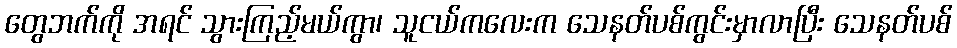
တွေဘက်ကို အရင် သွားကြည့်မယ်ကွာ၊ သူငယ်ကလေးက သေနတ်ပစ်ကွင်းမှာလာပြီး သေနတ်ပစ်